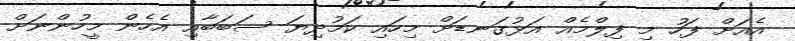
އެއަށް ފަހު މި ފިލްމެއް އަޅުގަނޑަށް މިހައި ކަމުދިޔަ ސަބަބާއި އެހެން މީހުންނަށް